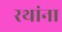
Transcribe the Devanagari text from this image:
रथांना